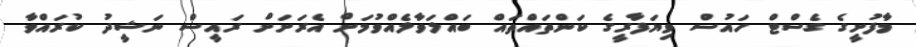
މާފުށީގެ ގެސްޓް ހައުސް ވިޔަފާރީގެ ކަންތައްތައް ބައްލަވާލެއްވުމަށް އެރަށަށް ރައީސް ނަޝީދު ކުރައްވާ